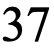
37